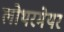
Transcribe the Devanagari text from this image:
लोथरमेयर